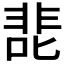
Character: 𰈖